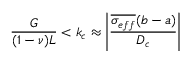
\frac { G } { ( 1 - \nu ) L } < k _ { c } \approx \left| \frac { \overline { { \sigma _ { e f f } } } ( b - a ) } { D _ { c } } \right|